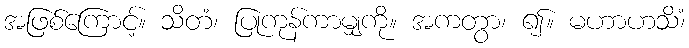
အဖြစ်ကြောင့်။ သိတံ၊ ပြုကုန်ကာမျှကို။ အကတွာ၊ ၍။ မဟာဟသိံ၊